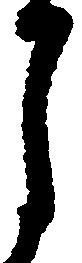
月